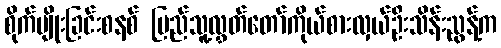
စိုက်ပျိုးခြင်းစနစ် ပြည်သူ့လွှတ်တော်ကိုယ်စားလှယ်ဦးသိန်းညွန့်က